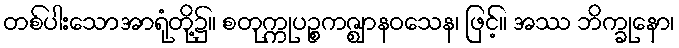
တစ်ပါးသောအာရုံတို့၌။ စတုက္ကုပဉ္စကဇ္ဈာနဝသေန၊ ဖြင့်။ အဿ ဘိက္ခုနော၊